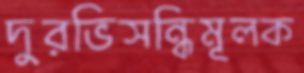
দুরভিসন্ধিমূলক